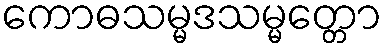
ကောဓသမ္မဒသမ္မတ္တော